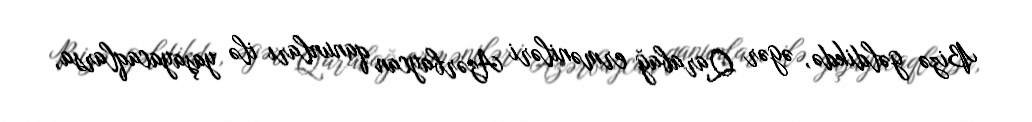
Bizə gəldikdə, əgər Qarabağ erməniləri Azərbaycan qanunları ilə yaşayacaqlarsa,